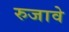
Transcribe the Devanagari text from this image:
रुजावे